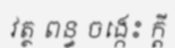
វត្ថ ពន្ធ ចង្កេះ ក្តី